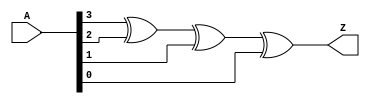
module xor_4in_v(
  input [3:0] A,
  output Z
  );

  xor(Z, A[3], A[2], A[1], A[0]);

endmodule //xor_4in_v